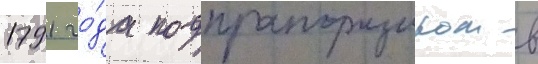
1791 го́да подпрапорщиком в